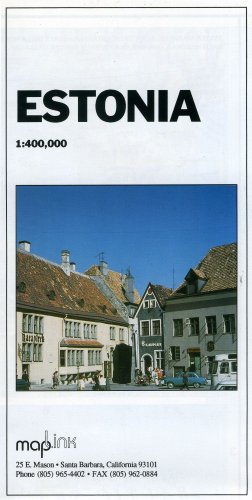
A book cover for Estonia; GiziMap (Firm); Travel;